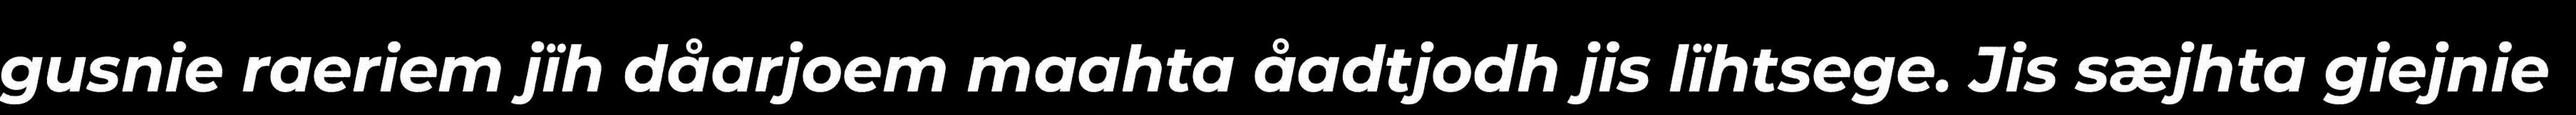
gusnie raeriem jïh dåarjoem maahta åadtjodh jis lïhtsege. Jis sæjhta giejnie